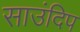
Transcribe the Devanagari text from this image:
साउंदिप